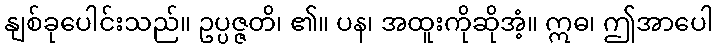
နျစ်ခုပေါင်းသည်။ ဥပ္ပဇ္ဇတိ၊ ၏။ ပန၊ အထူးကိုဆိုအံ့။ ဣဓ၊ ဤအာပေါ